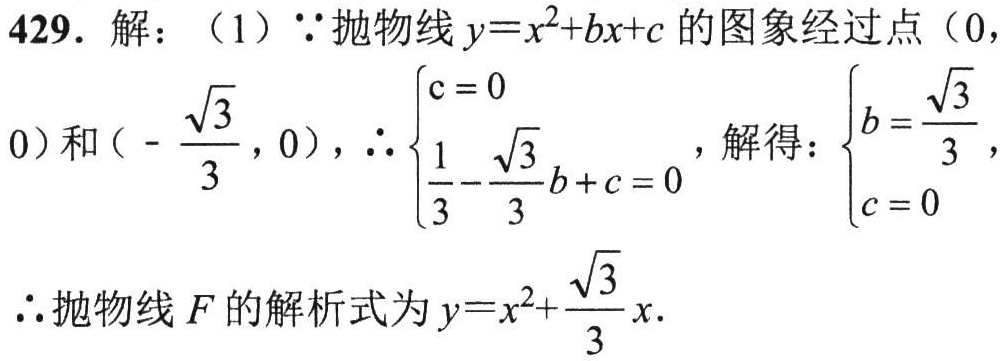
429. 解：（1）$\because$抛物线$y = x^{2}+bx + c$的图象经过点$(0,0)$和$\left(-\dfrac{\sqrt{3}}{3},0\right)$，$\therefore\begin{cases}c = 0\\\dfrac{1}{3}-\dfrac{\sqrt{3}}{3}b + c = 0\end{cases}$，解得：$\begin{cases}b=\dfrac{\sqrt{3}}{3}\\c = 0\end{cases}$，
$\therefore$抛物线$F$的解析式为$y = x^{2}+\dfrac{\sqrt{3}}{3}x$.